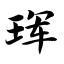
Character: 珲